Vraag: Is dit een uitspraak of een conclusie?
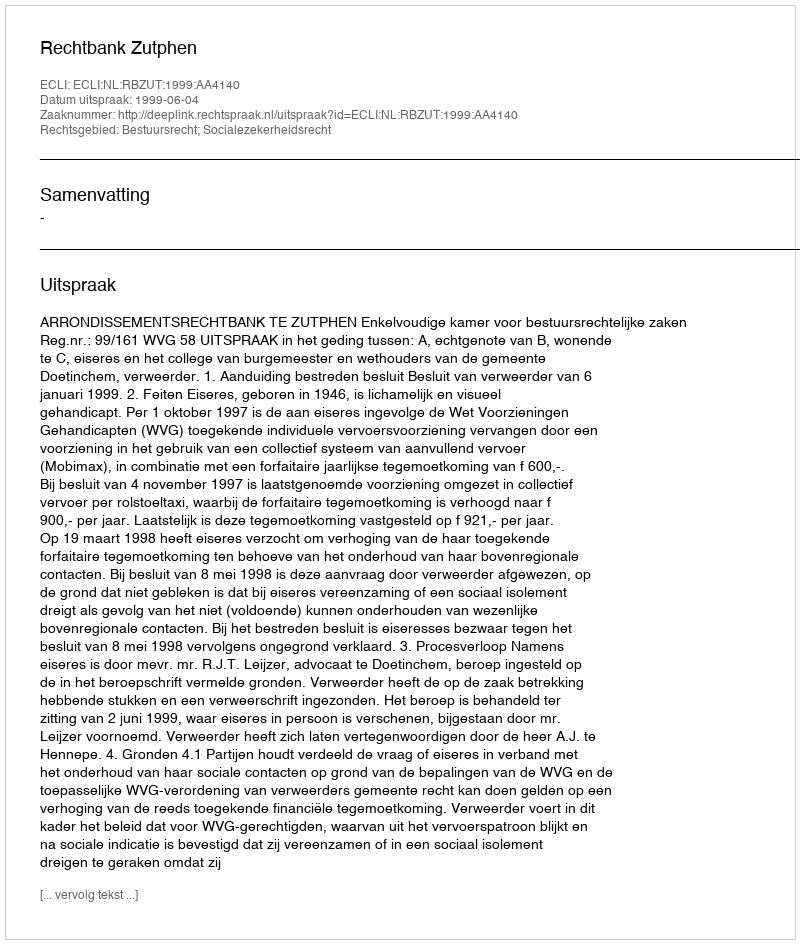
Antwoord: Uitspraak